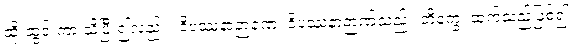
ထိုးထွင်းကာ သိပြီး၍လည်း။ ဝိပဿနာဉာဏေ၊ ဝိပဿနာဉာဏ်သည်။ တိက္ခေ၊ ထက်သည်ဖြစ်၍။